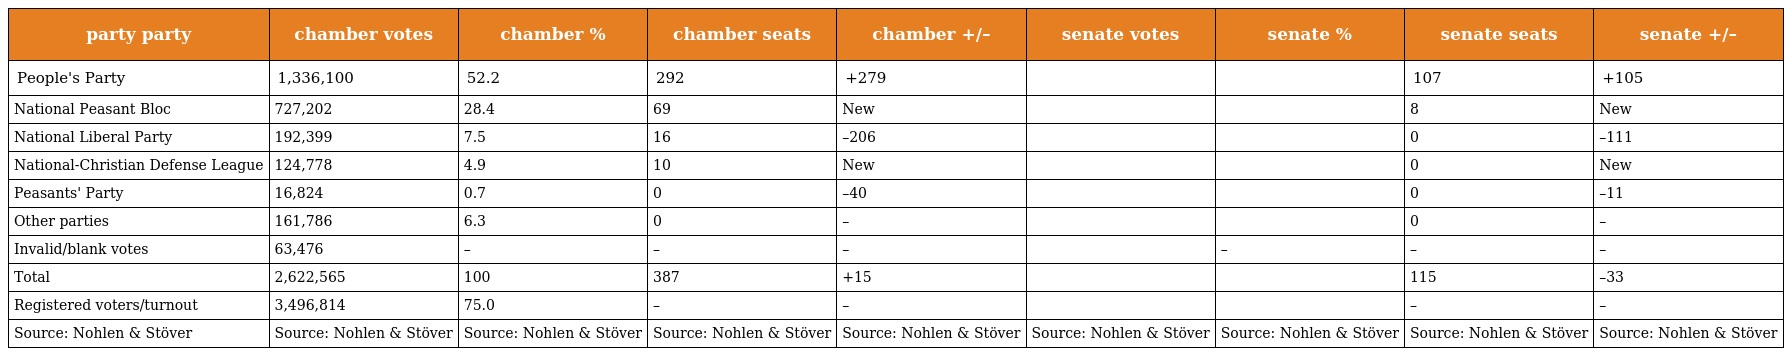
| party party | chamber votes | chamber % | chamber seats | chamber +/– | senate votes | senate % | senate seats | senate +/– |
 | --- | --- | --- | --- | --- | --- | --- | --- | --- |
 | People's Party | 1,336,100 | 52.2 | 292 | +279 |  |  | 107 | +105 |
 | National Peasant Bloc | 727,202 | 28.4 | 69 | New |  |  | 8 | New |
 | National Liberal Party | 192,399 | 7.5 | 16 | –206 |  |  | 0 | –111 |
 | National-Christian Defense League | 124,778 | 4.9 | 10 | New |  |  | 0 | New |
 | Peasants' Party | 16,824 | 0.7 | 0 | –40 |  |  | 0 | –11 |
 | Other parties | 161,786 | 6.3 | 0 | – |  |  | 0 | – |
 | Invalid/blank votes | 63,476 | – | – | – |  | – | – | – |
 | Total | 2,622,565 | 100 | 387 | +15 |  |  | 115 | –33 |
 | Registered voters/turnout | 3,496,814 | 75.0 | – | – |  |  | – | – |
 | Source: Nohlen & Stöver | Source: Nohlen & Stöver | Source: Nohlen & Stöver | Source: Nohlen & Stöver | Source: Nohlen & Stöver | Source: Nohlen & Stöver | Source: Nohlen & Stöver | Source: Nohlen & Stöver | Source: Nohlen & Stöver |